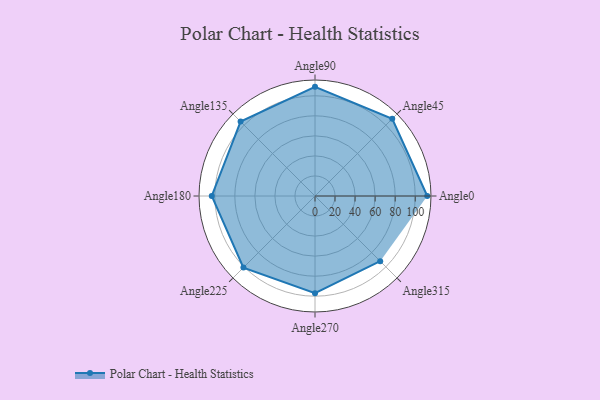
{"axis": {"x": "Angle", "y": "Radius"}, "legend": [""], "data": [{"x": "Angle0", "y": 112.0, "type": ""}, {"x": "Angle45", "y": 109.0, "type": ""}, {"x": "Angle90", "y": 109.0, "type": ""}, {"x": "Angle135", "y": 105.0, "type": ""}, {"x": "Angle180", "y": 103.0, "type": ""}, {"x": "Angle225", "y": 101.0, "type": ""}, {"x": "Angle270", "y": 97.0, "type": ""}, {"x": "Angle315", "y": 92.0, "type": ""}]}